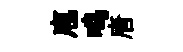
庖鸣唐